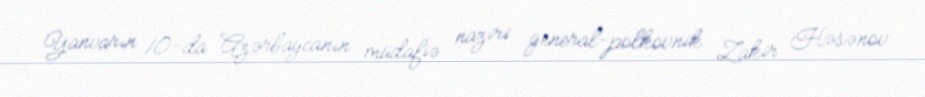
Yanvarın 10-da Azərbaycanın müdafiə naziri general-polkovnik Zakir Həsənov